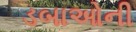
ડબાઓની